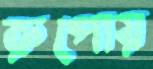
রুপোয়